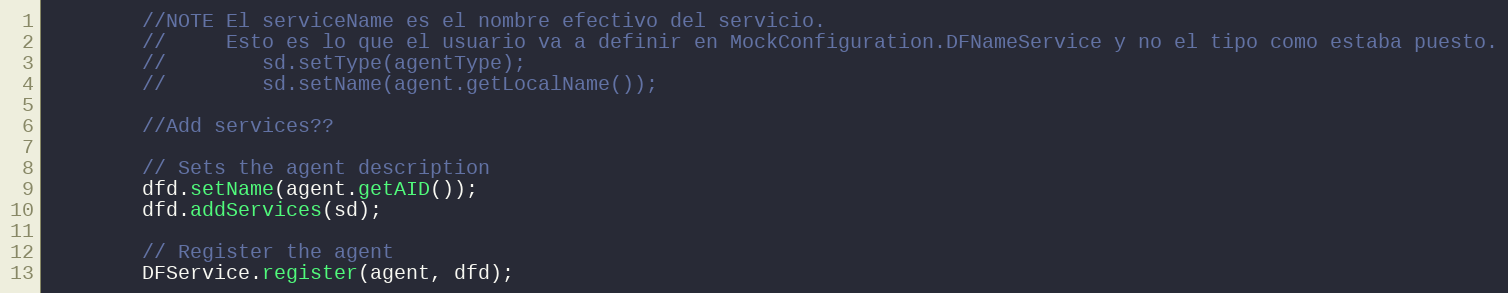
Language: Java
        //NOTE El serviceName es el nombre efectivo del servicio.
        //     Esto es lo que el usuario va a definir en MockConfiguration.DFNameService y no el tipo como estaba puesto.
        //        sd.setType(agentType);
        //        sd.setName(agent.getLocalName());

        //Add services??

        // Sets the agent description
        dfd.setName(agent.getAID());
        dfd.addServices(sd);

        // Register the agent
        DFService.register(agent, dfd);